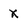
Character: X